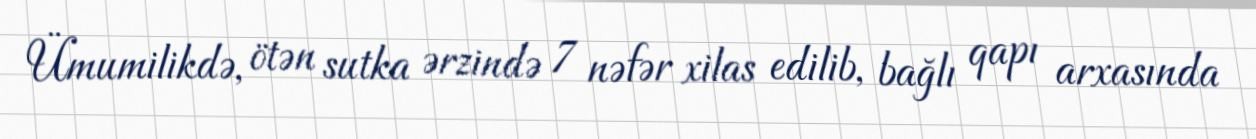
Ümumilikdə, ötən sutka ərzində 7 nəfər xilas edilib, bağlı qapı arxasında